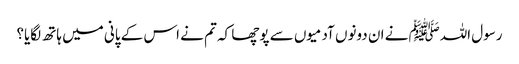
رسول اللہﷺ نے ان دونوں آدمیوں سے پوچھا کہ تم نے اس کے پانی میں ہاتھ لگایا؟